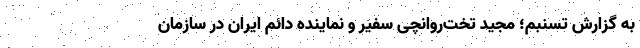
به گزارش تسنبم؛ مجید تخت‌روانچی سفیر و نماینده دائم ایران در سازمان